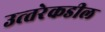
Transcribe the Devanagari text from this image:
उत्‍तरेकडील